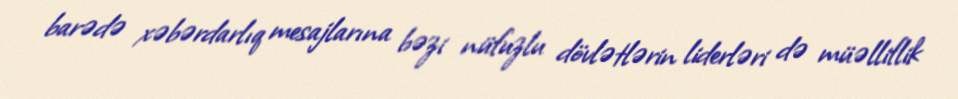
barədə xəbərdarlıq mesajlarına bəzi nüfuzlu dövlətlərin liderləri də müəlliflik